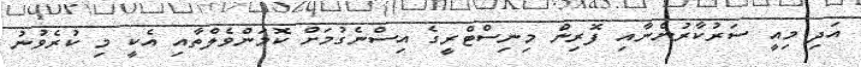
އަދި މިއީ ސަރުކާރުންނާއި ފޮރިން މިނިސްޓްރީގެ އިސްނެގުމަށް ކޮމަންވެލްތާއި އެކީ މި ކުރެވުނު